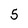
Character: 5